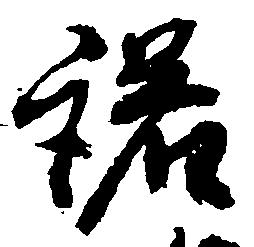
諾